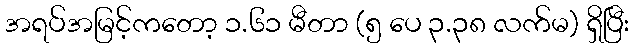
အရပ်အမြင့်ကတော့ ၁.၆၁ မီတာ (၅ ပေ ၃.၃၈ လက်မ) ရှိပြီး